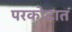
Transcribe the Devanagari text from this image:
परकोटात